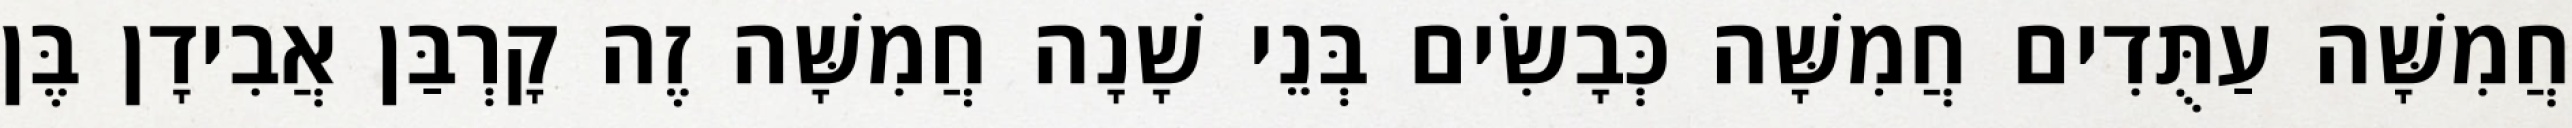
חֲמִשָּׁה עַתֻּדִים חֲמִשָּׁה כְּבָשִׂים בְּנֵי שָׁנָה חֲמִשָּׁה זֶה קָרְבַּן אֲבִידָן בֶּן